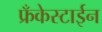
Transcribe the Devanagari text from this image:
फ्रँकेस्टाईन